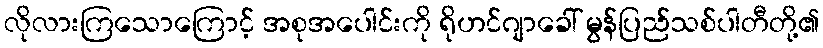
လိုလားကြသောကြောင့် အစုအပေါင်းကို ရိုဟင်ဂျာခေါ် မွန်ပြည်သစ်ပါတီတို့၏